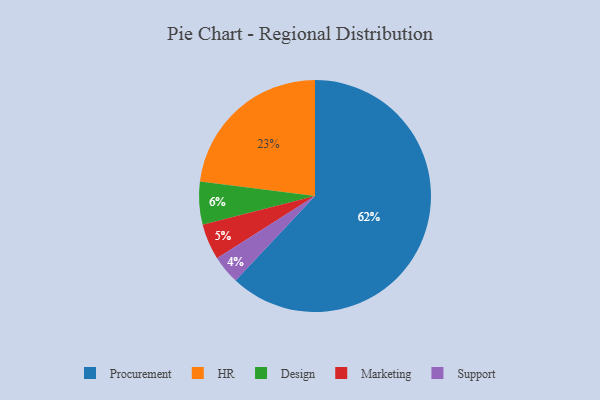
{"axis": {"x": "Category", "y": "Percentage"}, "legend": ["Design", "HR", "Marketing", "Procurement", "Support"], "data": [{"x": "Design", "y": 6, "type": "Design"}, {"x": "Marketing", "y": 5, "type": "Marketing"}, {"x": "HR", "y": 23, "type": "HR"}, {"x": "Procurement", "y": 62, "type": "Procurement"}, {"x": "Support", "y": 4, "type": "Support"}]}